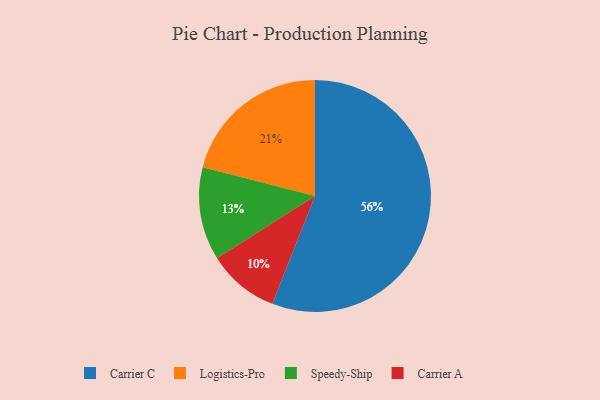
{"axis": {"x": "Category", "y": "Percentage"}, "legend": ["Carrier A", "Carrier C", "Logistics-Pro", "Speedy-Ship"], "data": [{"x": "Speedy-Ship", "y": 13, "type": "Speedy-Ship"}, {"x": "Carrier A", "y": 10, "type": "Carrier A"}, {"x": "Logistics-Pro", "y": 21, "type": "Logistics-Pro"}, {"x": "Carrier C", "y": 56, "type": "Carrier C"}]}